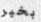
بخير